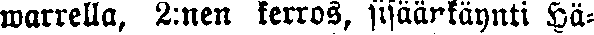
warrella, 2:nen kerros, sisäänkäynti Hä-